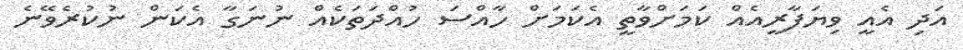
އަދި އެއީ ވިޔަފާރީއެއް ކަމަށްވާތީ އެކަމަށް ހާއްސަ ހުއްދަތަކެއް ނުނަގާ އެކަން ނުކުރެވޭނެ